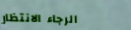
الرجاء الانتظار